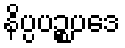
နိပ္ပပဉ္စပဒေ